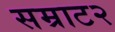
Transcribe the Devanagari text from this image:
सम्राट२